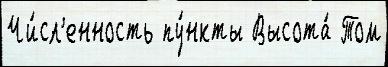
Чи́сл'енность пу́нкты Высота́ Том